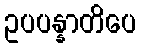
ဥပပန္နာတိပေ